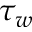
\tau _ { w }